Assam Mental Hospital (Tezpur, India) - 1933-1948
Year: 1933
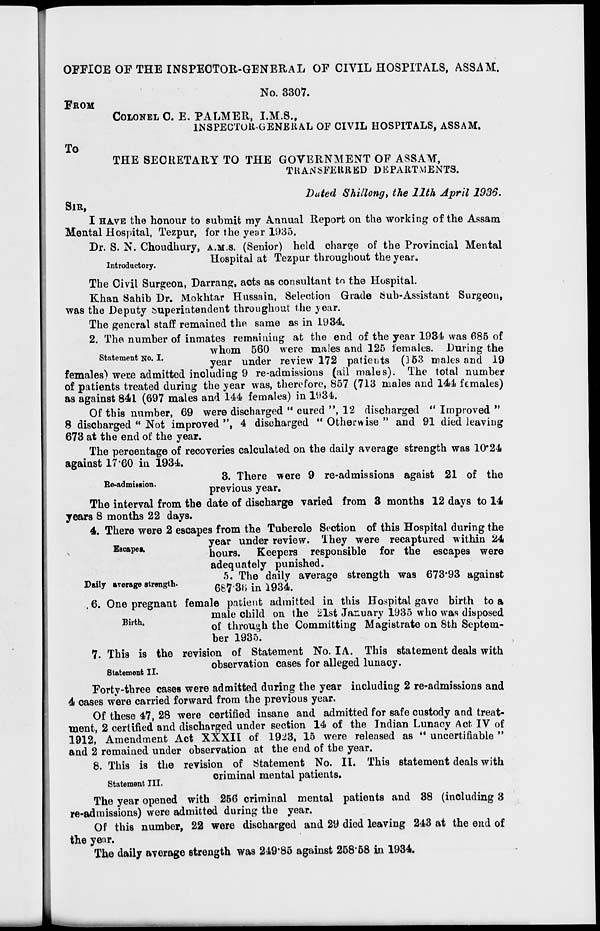
OFFICE OF THE INSPECTOR-GENERAL OF CIVIL HOSPITALS, ASSAM.
No. 3307.
FROM
COLONEL C. E. PALMER, I.M.S.,
INSPECTOR-GENERAL OF CIVIL HOSPITALS, ASSAM.
To
THE SECRETARY TO THE GOVERNMENT OF ASSAM,
TRANSFERRED DEPARTMENTS.
Dated Shillong, the 11th April 1936.
SIR,
I HAVE the honour to submit my Annual Report on the working of the Assam
Mental Hospital, Tezpur, for the year 1935.
Introductory.
Dr. S. N. Choudhury, A.M.S. (Senior) held charge of the Provincial Mental
Hospital at Tezpur throughout the year.
The Civil Surgeon, Darrang, acts as consultant to the Hospital.
Khan Sahib Dr. Mokhtar Hussain, Selection Grade Sub-Assistant Surgeon,
was the Deputy Superintendent throughout the year.
The general staff remained the same as in 1934.
Statement No. I.
2. The number of inmates remaining at the end of the year 1934 was 685 of
whom 560 were males and 125 females. During the
year under review 172 patients (153 males and 19
females) were admitted including 9 re-admissions (all males). The total number
of patients treated during the year was, therefore, 857 (713 males and 144 females)
as against 841 (697 males and 144 females) in 1934.
Of this number, 69 were discharged " cured ", 12 discharged " Improved "
8 discharged " Not improved ", 4 discharged " Otherwise " and 91 died leaving
673 at the end of the year.
The percentage of recoveries calculated on the daily average strength was 10.24
against 17.60 in 1934.
Re-admission.
3. There were 9 re-admissions agaist 21 of the
previous year.
The interval from the date of discharge varied from 3 months 12 days to 14
years 8 months 22 days.
Escapes.
4. There were 2 escapes from the Tubercle Section of this Hospital during the
year under review. They were recaptured within 24
hours. Keepers responsible for the escapes were
adequately punished.
Daily average strength.
5. The daily average strength was 673.93 against
687.36 in 1934.
Birth.
6. One pregnant female patient admitted in this Hospital gave birth to a
male child on the 21st January 1935 who was disposed
of through the Committing Magistrate on 8th Septem-
ber 1935.
Statement II.
7. This is the revision of Statement No. IA. This statement deals with
observation cases for alleged lunacy.
Forty-three cases were admitted during the year including 2 re-admissions and
4 cases were carried forward from the previous year.
Of these 47, 28 were certified insane and admitted for safe custody and treat-
ment, 2 certified and discharged under section 14 of the Indian Lunacy Act IV of
1912, Amendment Act XXXII of 1923, 15 were released as " uncertifiable "
and 2 remained under observation at the end of the year.
Statement III.
8. This is the revision of Statement No. II. This statement deals with
criminal mental patients.
The year opened with 256 criminal mental patients and 38 (including 3
re-admissions) were admitted during the year.
Of this number, 22 were discharged and 29 died leaving 243 at the end of
the year.
The daily average strength was 249.85 against 258.58 in 1934.